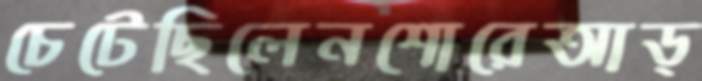
চেটেছিলেনশোরেআড্